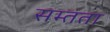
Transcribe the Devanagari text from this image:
सम्तता